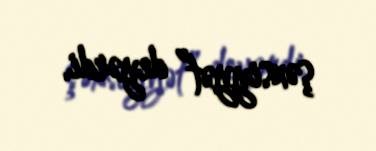
şəxsiyyət” deyərdi.